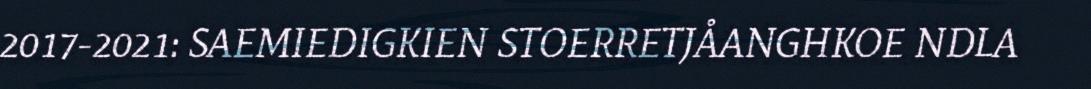
2017-2021: SAEMIEDIGKIEN STOERRETJÅANGHKOE NDLA